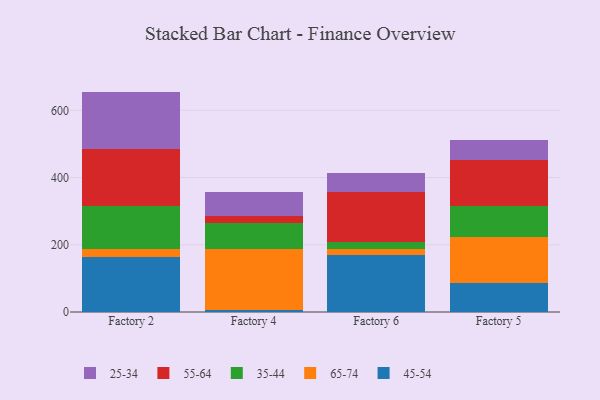
{"axis": {"x": "Factory", "y": "Bounce Rate (%)"}, "legend": ["25-34", "35-44", "45-54", "55-64", "65-74"], "data": [{"x": "Factory 2", "y": 163.6, "type": "45-54"}, {"x": "Factory 2", "y": 24.6, "type": "65-74"}, {"x": "Factory 2", "y": 126.2, "type": "35-44"}, {"x": "Factory 2", "y": 171.1, "type": "55-64"}, {"x": "Factory 2", "y": 170.2, "type": "25-34"}, {"x": "Factory 4", "y": 7.0, "type": "45-54"}, {"x": "Factory 4", "y": 179.6, "type": "65-74"}, {"x": "Factory 4", "y": 79.4, "type": "35-44"}, {"x": "Factory 4", "y": 20.2, "type": "55-64"}, {"x": "Factory 4", "y": 70.2, "type": "25-34"}, {"x": "Factory 6", "y": 171.0, "type": "45-54"}, {"x": "Factory 6", "y": 16.9, "type": "65-74"}, {"x": "Factory 6", "y": 20.7, "type": "35-44"}, {"x": "Factory 6", "y": 147.1, "type": "55-64"}, {"x": "Factory 6", "y": 58.5, "type": "25-34"}, {"x": "Factory 5", "y": 85.0, "type": "45-54"}, {"x": "Factory 5", "y": 138.9, "type": "65-74"}, {"x": "Factory 5", "y": 91.6, "type": "35-44"}, {"x": "Factory 5", "y": 137.9, "type": "55-64"}, {"x": "Factory 5", "y": 59.6, "type": "25-34"}]}